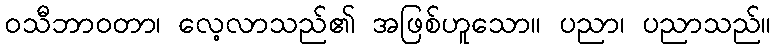
ဝသီဘာဝတာ၊ လေ့လာသည်၏ အဖြစ်ဟူသော။ ပညာ၊ ပညာသည်။